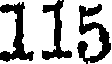
115